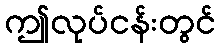
ဤလုပ်ငန်းတွင်